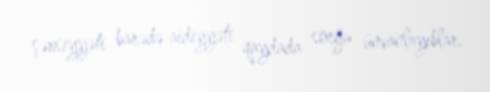
şəxsiyyəti barədə aidiyyəti qaydada sorğu ünvanlayıblar.